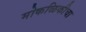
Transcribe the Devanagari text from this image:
मोकळिकीचा